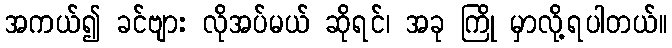
အကယ်၍ ခင်ဗျား လိုအပ်မယ် ဆိုရင်၊ အခု ကြို မှာလို့ရပါတယ်။